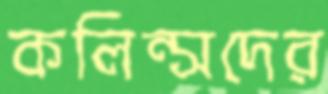
কলিন্সদের